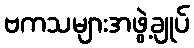
ဗကသများအဖွဲ့ချုပ်